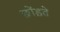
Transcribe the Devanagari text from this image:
छोंड़ते